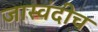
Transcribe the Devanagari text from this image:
जास्वंदीच